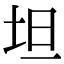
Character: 坦